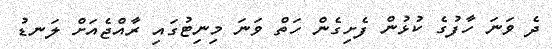
ދެ ވަނަ ހާފުގެ ކުޅުން ފެށިގެން ހަތް ވަނަ މިނިޓުގައި ރާއްޖެއަށް ލަނޑު